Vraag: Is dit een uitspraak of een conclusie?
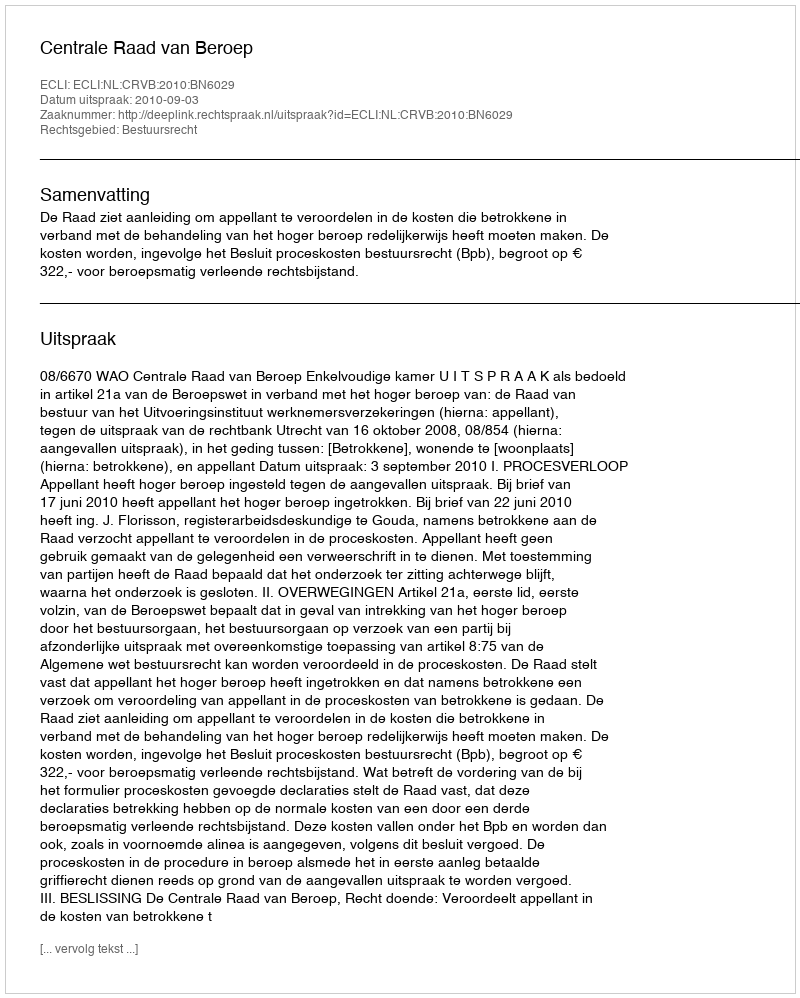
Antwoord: Uitspraak